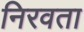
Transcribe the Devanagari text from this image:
निरवता